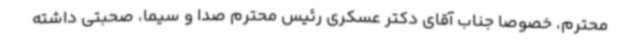
محترم، خصوصا جناب آقای دکتر عسکری رئیس محترم صدا و سیما، صحبتی داشته